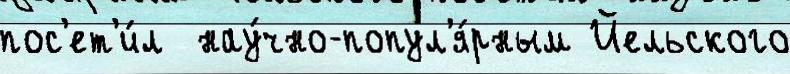
пос'ет'и́л  нау́чно-попул'я́рным Йельского